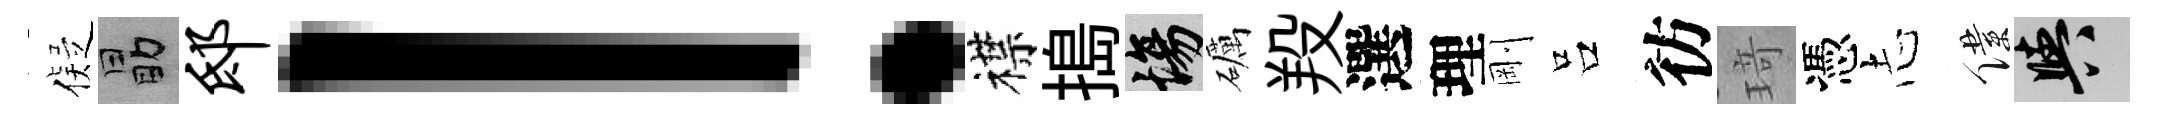
儗勗邸！襟搗場礪羖選理剛吕彷𤦺憑𢖽僕阳